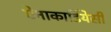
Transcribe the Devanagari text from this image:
ऐनाकार्डियेसी